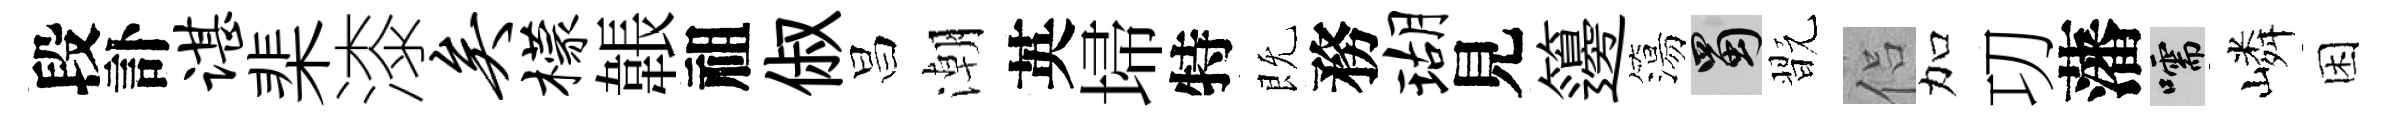
段訃谌棐漆矣檬韔祖俶昌潮英埽特既務瑚見籩簜蜀翫侣加㓛藩嚅嶙困